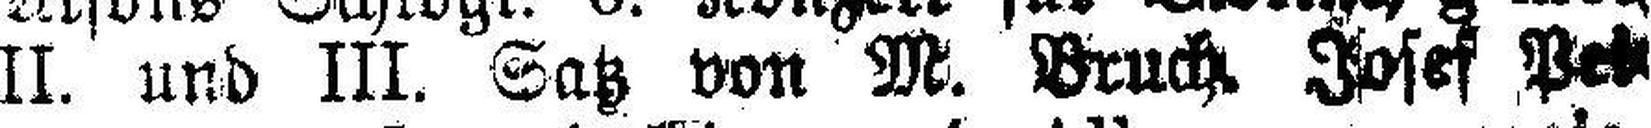
II. und III. Satz von M. Bruch. Josef Pet¬